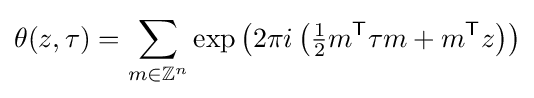
\theta (z,\tau )=\sum _{m\in \mathbb {Z} ^{n}}\exp \left(2\pi i\left({\tfrac {1}{2}}m^{\mathsf {T}}\tau m+m^{\mathsf {T}}z\right)\right)